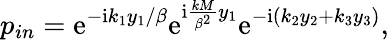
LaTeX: p_{in}=\mathrm{e}^{-\mathrm{i}k_{1}y_{1}/\beta}\mathrm{e}^{\mathrm{i}\frac{kM}{\beta^{2}}y_{1}}\mathrm{e}^{-\mathrm{i}(k_{2}y_{2}+k_{3}y_{3})},